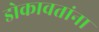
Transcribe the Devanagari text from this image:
डोकावतांना